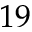
1 9